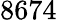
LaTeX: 8674